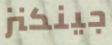
جينكنز